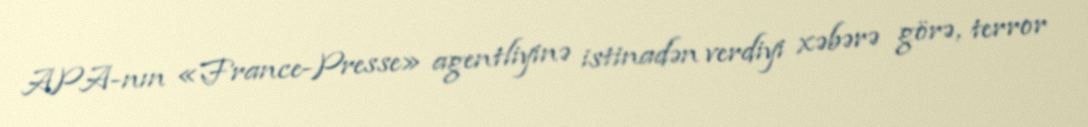
APA-nın «France-Presse» agentliyinə istinadən verdiyi xəbərə görə, terror